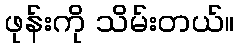
ဖုန်းကို သိမ်းတယ်။